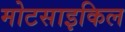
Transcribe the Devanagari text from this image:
मोटसाइकिल